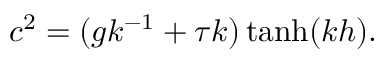
c ^ { 2 } = ( g k ^ { - 1 } + \tau k ) \operatorname { t a n h } ( k h ) .